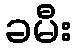
ခမီး